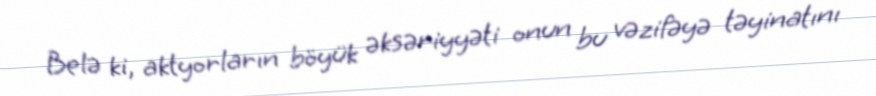
Belə ki, aktyorların böyük əksəriyyəti onun bu vəzifəyə təyinatını